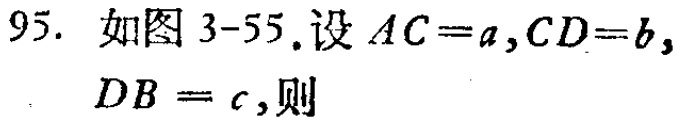
95. 如图 3-55.设 \(AC = a,CD = b,\) \(DB = c,\)则